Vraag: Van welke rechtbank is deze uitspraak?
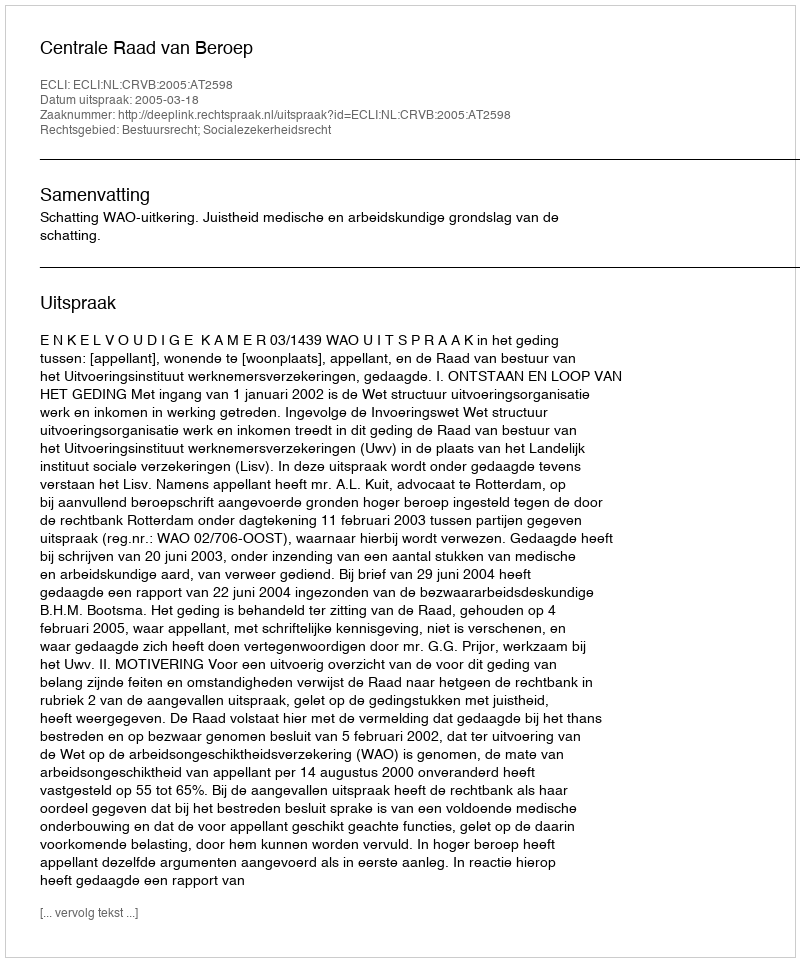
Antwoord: Centrale Raad van Beroep